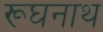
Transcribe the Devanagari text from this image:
रूघनाथ